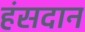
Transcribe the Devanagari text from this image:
हंसदान